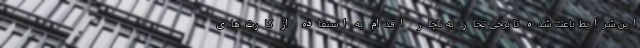
این شرایط باعث شده تا برخی تجار به ناچار اقدام به استفاده از کارت‌های